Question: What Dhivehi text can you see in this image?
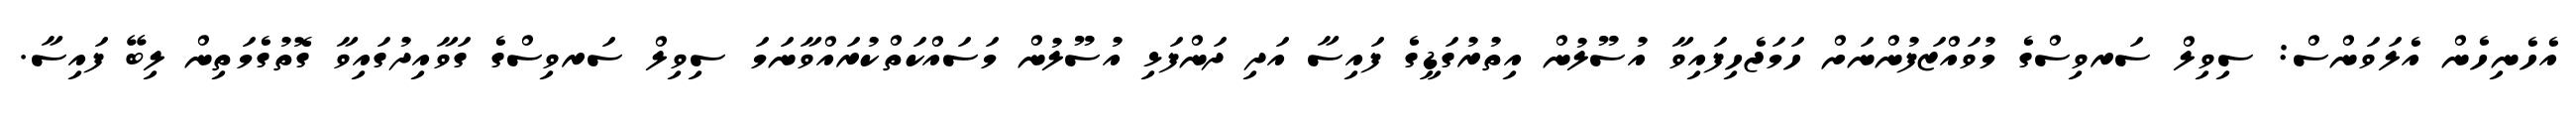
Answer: އެހެނިހެން އެލަވަންސް: ސިވިލް ސަރވިސްގެ މުވައްޒަފުންނަށް ހަމަޖެހިފައިވާ އުސޫލުން އިތުރުގަޑީގެ ފައިސާ އަދި ދަންފަޅި އުސޫލުން މަސައްކަތްކުރައްވާނަމަ ސިވިލް ސަރވިސްގެ ގަވާއިދުގައިވާ ގޮތުގެމަތިން ލިބޭ ފައިސާ.